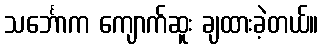
သင်္ဘောက ကျောက်ဆူး ချထားခဲ့တယ်။